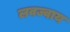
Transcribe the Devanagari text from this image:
लवज्वाय